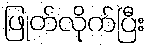
ဖြုတ်လိုက်ပြီး